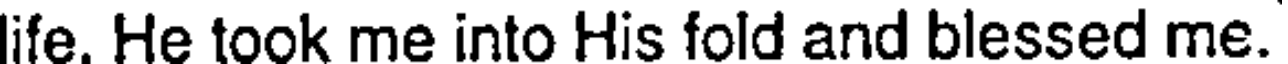
life. He took me into His fold and blessed me.